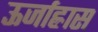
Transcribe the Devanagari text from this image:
ऊर्जाह्रास